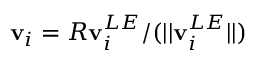
\mathbf { v } _ { i } = R \mathbf { v } _ { i } ^ { L E } / ( | | \mathbf { v } _ { i } ^ { L E } | | )